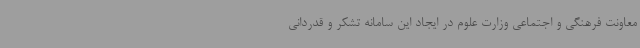
معاونت فرهنگی و اجتماعی وزارت علوم در ایجاد این سامانه تشکر و قدردانی